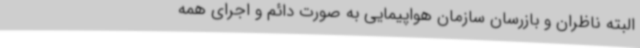
البته ناظران و بازرسان سازمان هواپیمایی به صورت دائم و اجرای همه